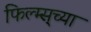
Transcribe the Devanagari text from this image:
फिल्म्स्‌च्या